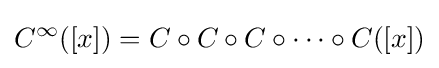
C^{\infty }([x])=C\circ C\circ C\circ \cdots \circ C([x])